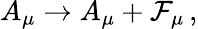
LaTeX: A_{\mu}\rightarrow A_{\mu}+{\cal F}_{\mu}\, ,